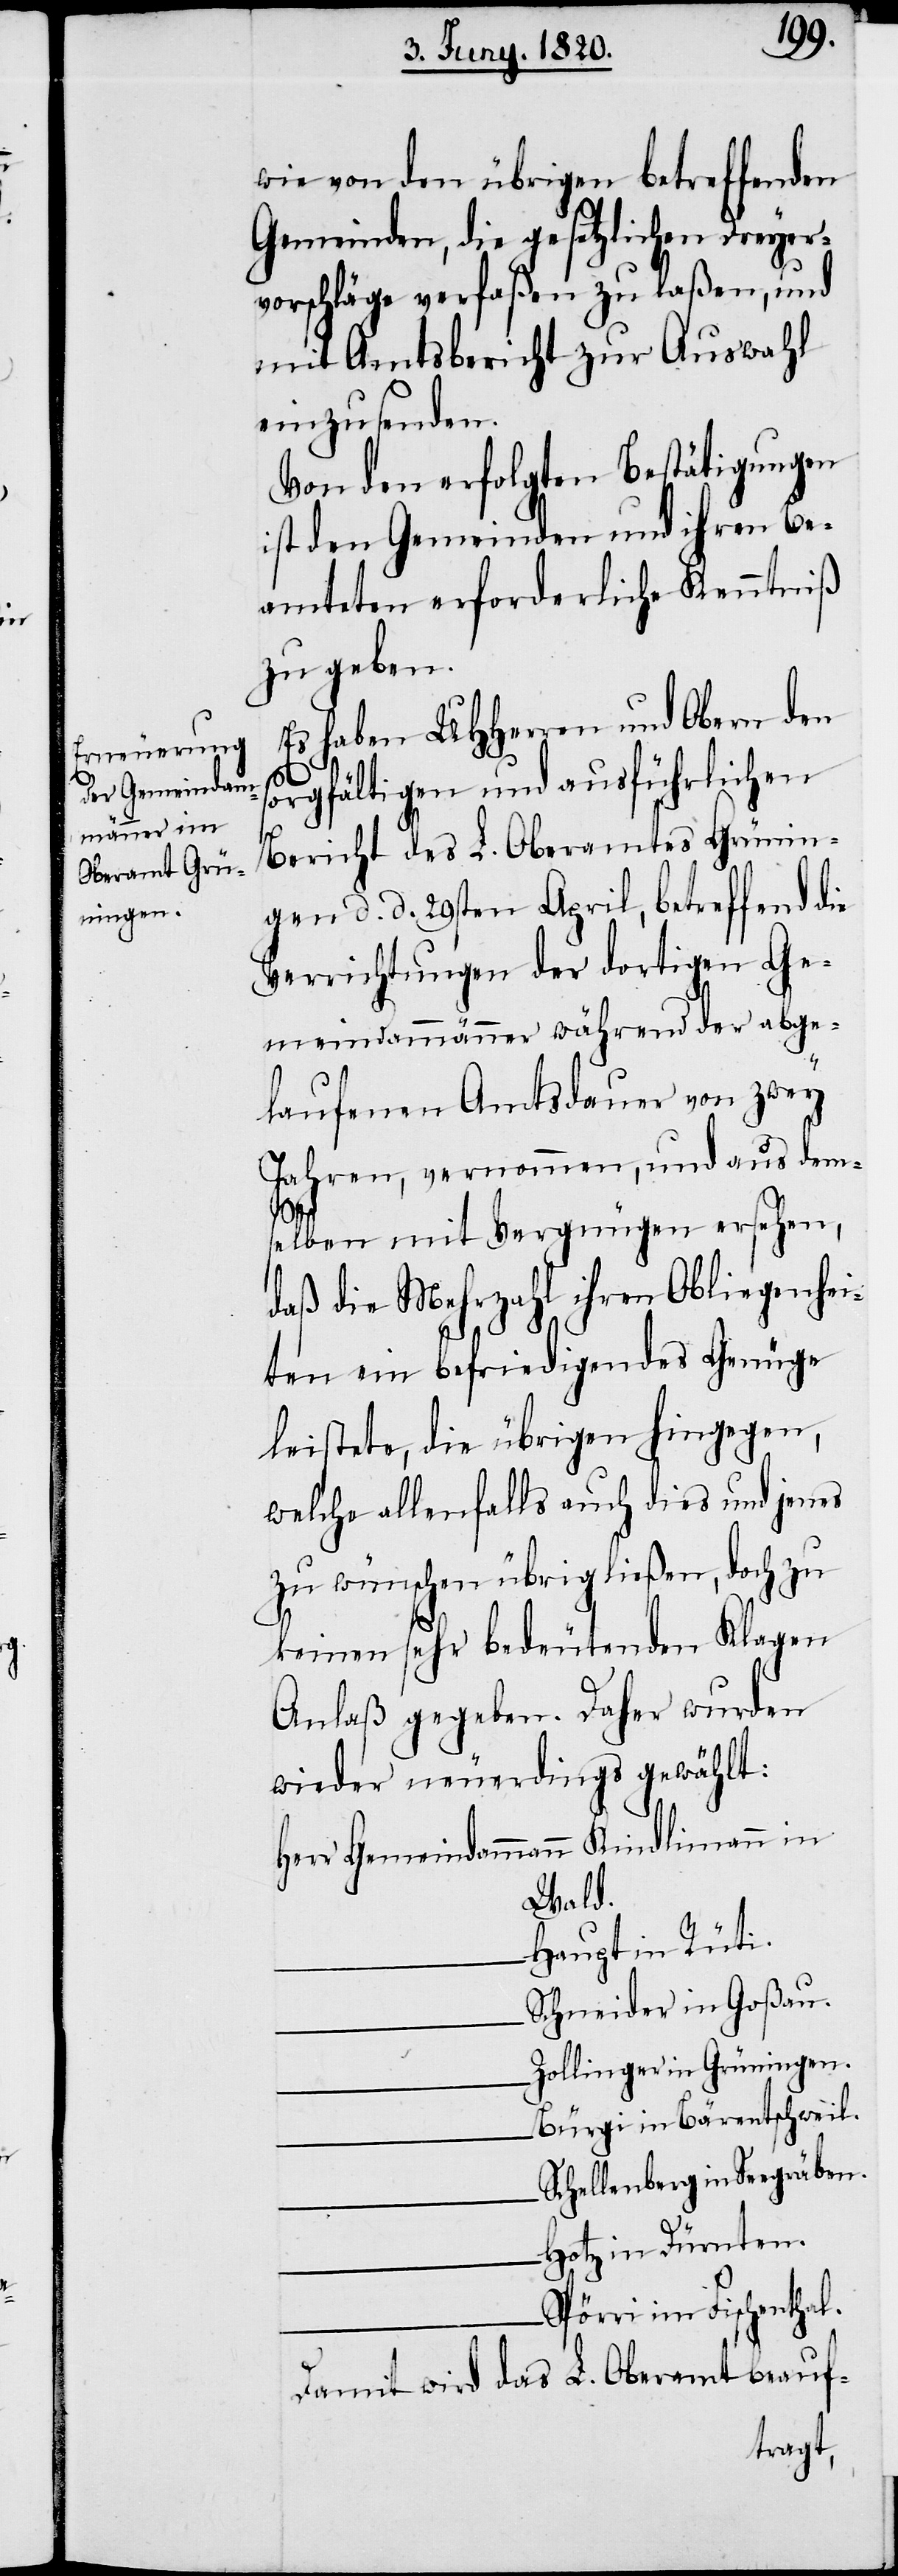
Oberamtes Grün¬

wie von den übrigen betreffenden
Gemeinden, die gesetzlichen Dreyer¬
vorschläge verfaßen zu laßen, und
mit Amtsbericht zur Auswahl
einzusenden.
Von den erfolgten Bestätigungen
ist den Gemeinden und ihren Be¬
amteten erforderliche Kenntniß
zu geben.
Es haben UHherren und Obern den
sorgfältigen und ausführlichen
l.
gen d. d. 29sten April, betreffend die
Verrichtungen der dortigen Ge¬
meindammänner während der abge¬
laufenen Amtsdauer von zwey
Jahren, vernommen, und aus dem¬
in¬
selben mit Vergnügen ersehen,
daß die Mehrzahl ihren Obliegenhei¬
ten ein befriedigendes Genüge
leistete, die übrigen hingegen,
welche allenfalls auch dies und jenes
zu wünschen übrig ließen, doch zu
keinen sehr bedeutenden Klagen
Anlaß gegeben. Daher wurden
wieder neuerdings gewählt:
Herr Gemeindammann	Kindlimann in
Wald.
Haupt in Rüti.
Schneider in Goßau.
Zollinger in Grüningen.
Bürgi in Bärentschweil.
Schellenberg in Seegräben.
Hotz in Dürnten.
Spörri in Fischentha¬
Damit wird das L. Oberamt beauf-